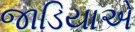
જાડિયાએ